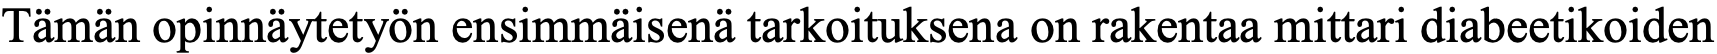
Tämän opinnäytetyön ensimmäisenä tarkoituksena on rakentaa mittari diabeetikoiden